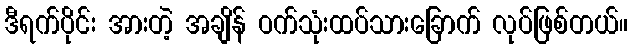
ဒီရက်ပိုင်း အားတဲ့ အချိန် ဝက်သုံးထပ်သားခြောက် လုပ်ဖြစ်တယ်။